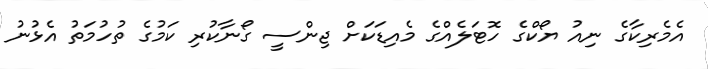
އެމެރިކާގެ ނިއު ޔޯކްގެ ހޮޓަލެއްގެ މެއިޑަކަށް ޖިންސީ ގޯނާކުރި ކަމުގެ ތުހުމަތު އެޅުނު